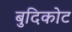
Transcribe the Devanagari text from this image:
बुदिकोट